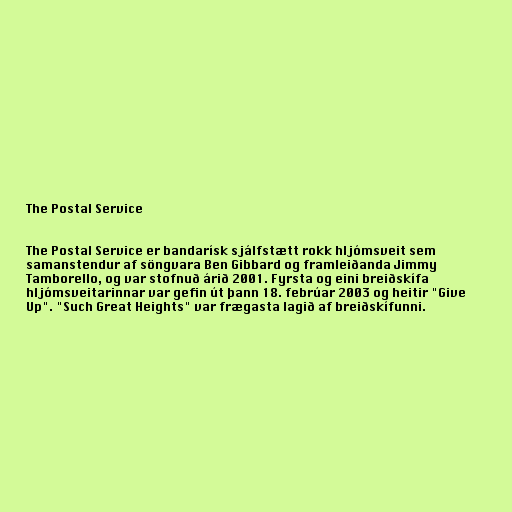
The Postal Service

The Postal Service er bandarísk sjálfstætt rokk hljómsveit sem
samanstendur af söngvara Ben Gibbard og framleiðanda Jimmy
Tamborello, og var stofnuð árið 2001. Fyrsta og eini breiðskífa
hljómsveitarinnar var gefin út þann 18. febrúar 2003 og heitir "Give
Up". "Such Great Heights" var frægasta lagið af breiðskífunni.